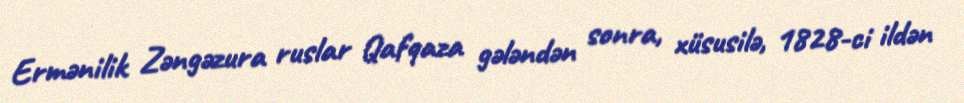
Ermənilik Zəngəzura ruslar Qafqaza gələndən sonra, xüsusilə, 1828-ci ildən